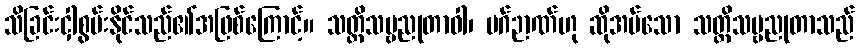
သိခြင်းငှါစွမ်းနိုင်သည်၏အဖြစ်ကြောင့်။ သတ္တိသဗ္ဗညုတာဝါ၊ မဂ်ဉာဏ်ဟု ဆိုအပ်သော သတ္တိသဗ္ဗညုတာသည်